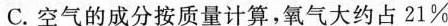
C.空气的成分按质量计算，氧气大约占21%